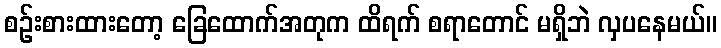
စဉ်းစားထားတော့ ခြေထောက်အတုက ထိရက် စရာတောင် မရှိဘဲ လှပနေမယ်။